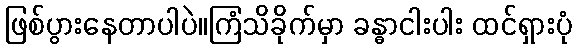
ဖြစ်ပွားနေတာပါပဲ။ကြံသိခိုက်မှာ ခန္ဓာငါးပါး ထင်ရှားပုံ